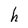
Character: h